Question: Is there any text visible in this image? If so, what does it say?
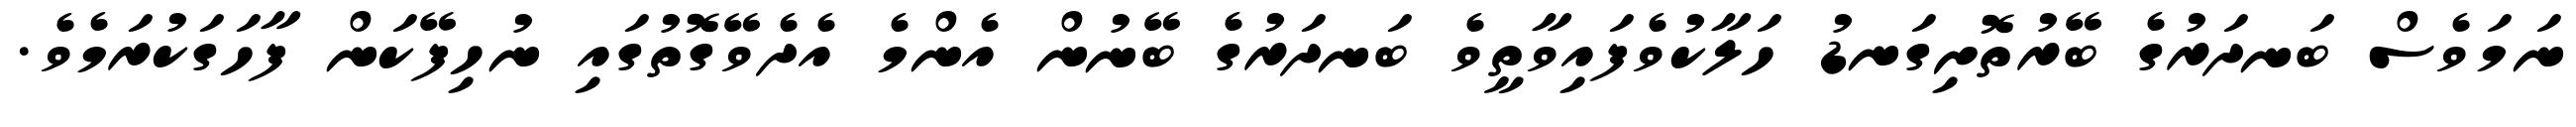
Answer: ނަމަވެސް ބަނދަރުގެ ބޭރުތޮށިގަނޑު ހަލާކުވެފައިވާތީވެ ބަނދަރުގެ ބޭނުން އެންމެ އެދެވޭގޮތުގައި ނުހިފޭކަން ފާހަގަކުރަމެވެ.